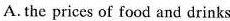
A. the prices of food and drinks